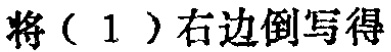
将（1）右边倒写得